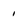
Character: 1